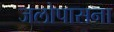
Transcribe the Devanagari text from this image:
जलोपासना